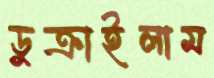
ডুক্‌রাইলাম